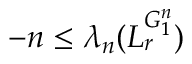
- n \leq \lambda _ { n } ( L _ { r } ^ { G _ { 1 } ^ { n } } )